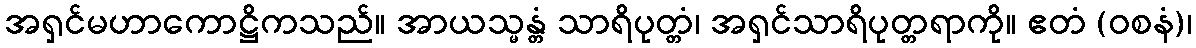
အရှင်မဟာကောဋ္ဌိကသည်။ အာယသ္မန္တံ သာရိပုတ္တံ၊ အရှင်သာရိပုတ္တရာကို။ ဧတံ (ဝစနံ)၊